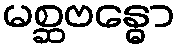
မစ္ဆဗန္ဓော